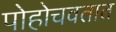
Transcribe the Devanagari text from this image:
पोहोचवतात